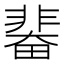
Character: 𩇼